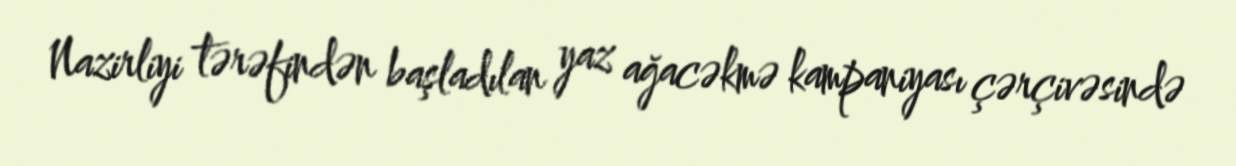
Nazirliyi tərəfindən başladılan yaz ağacəkmə kampaniyası çərçivəsində